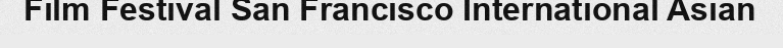
Film Festival San Francisco International Asian